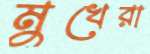
মুখেরা